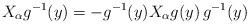
LaTeX: \begin{align*}X_\alpha g^{-1}(y) = - g^{-1}(y) X_\alpha g(y) \, g^{-1}(y)\end{align*}